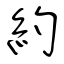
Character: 約